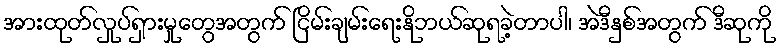
အားထုတ်လှုပ်ရှားမှုတွေအတွက် ငြိမ်းချမ်းရေးနိုဘယ်ဆုရခဲ့တာပါ၊ အဲဒီနှစ်အတွက် ဒီဆုကို